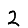
Digit: 2